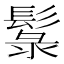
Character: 䰁